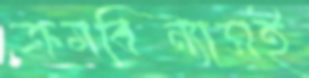
ক্রমবিন্যাসই